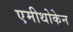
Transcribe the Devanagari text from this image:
एमीथोकेन